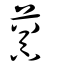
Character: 虈